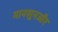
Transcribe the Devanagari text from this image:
मानसूनऔर